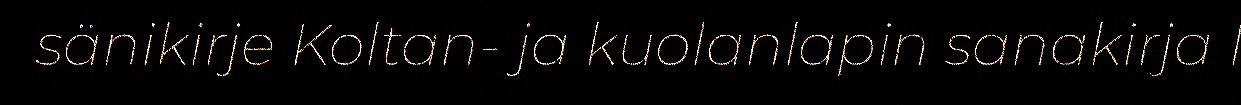
sänikirje Koltan- ja kuolanlapin sanakirja I